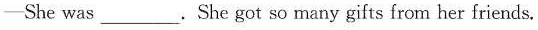
-She was ___. She got so many gifts from her friends.